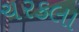
ચરકલા